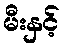
မီးနှင့်